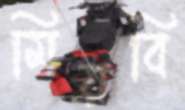
মিয়বি